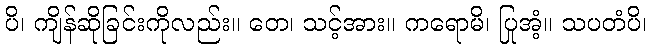
ပိ၊ ကျိန်ဆိုခြင်းကိုလည်း။ တေ၊ သင့်အား။ ကရောမိ၊ ပြုအံ့။ သပတံပိ၊